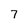
Character: 7